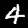
Digit: 4